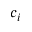
c _ { i }